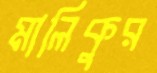
মালিকুর